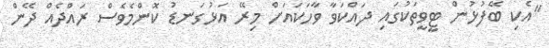
"އެކި ބޭފުޅުން ޓީވީތަކުގައި ދައްކަވާ ވާހަކައަށް މިރޭ އަޅުގަނޑު ކޮންމެވެސް ރައްދެއް ދޭން